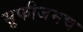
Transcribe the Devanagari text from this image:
सुफीजमच